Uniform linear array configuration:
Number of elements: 64
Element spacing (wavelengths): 0.25
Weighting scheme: uniform
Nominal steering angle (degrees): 0
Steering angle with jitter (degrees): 0.3073
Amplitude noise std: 0.05
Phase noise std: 0.05

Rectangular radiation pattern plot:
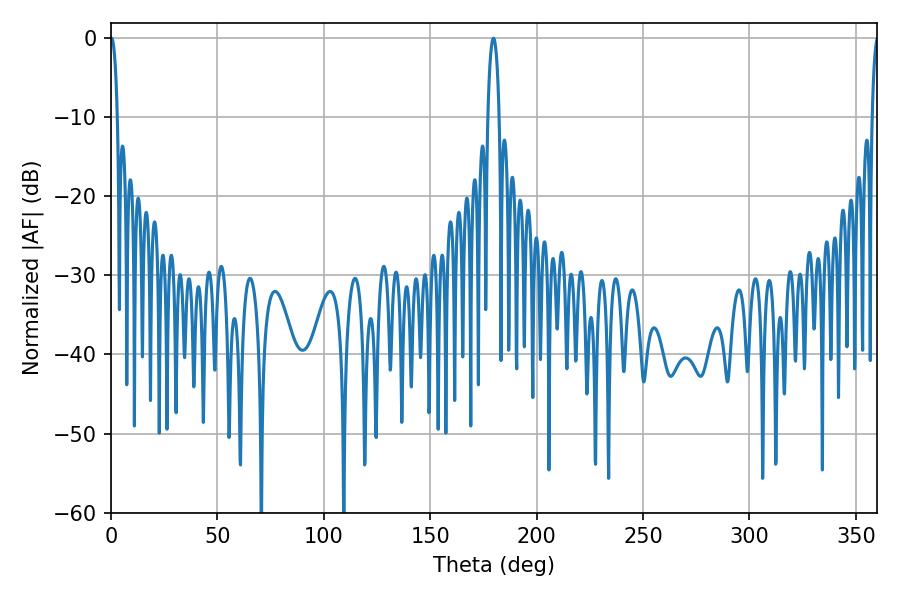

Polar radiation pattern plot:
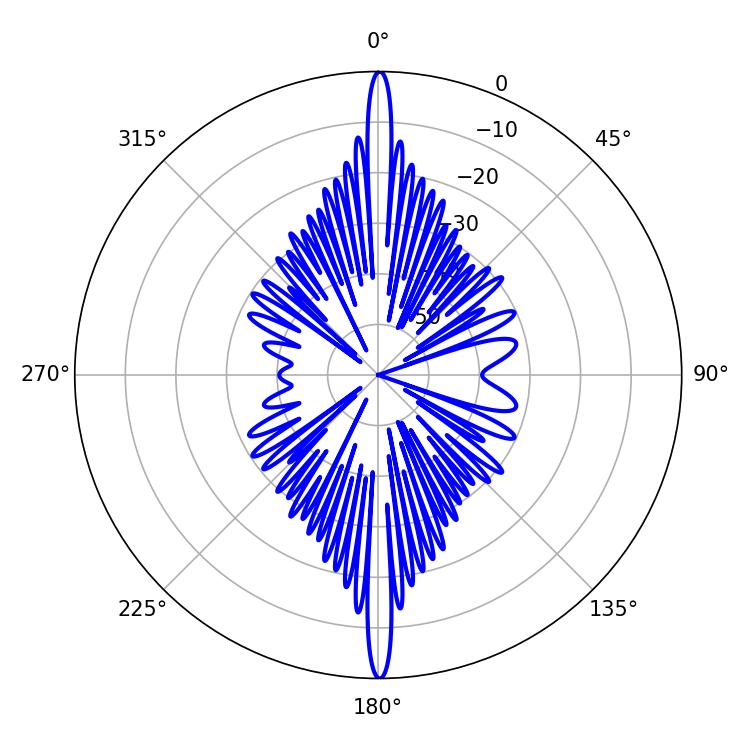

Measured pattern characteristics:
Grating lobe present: FALSE
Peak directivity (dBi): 34.43
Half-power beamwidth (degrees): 3.06
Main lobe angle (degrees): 179.64